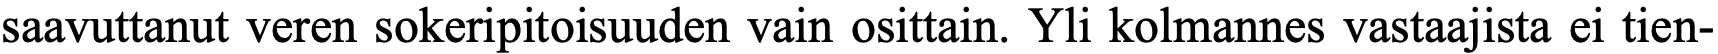
saavuttanut veren sokeripitoisuuden vain osittain. Yli kolmannes vastaajista ei tien-